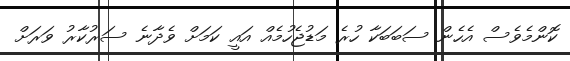
ކޮންމެވެސް އެހެން ސަބަބަކާ ހުރެ މަޑުޖެހުމެއް އައީ ކަމަށް ވެދާނެ ސަރުކާރު ވަރަށް